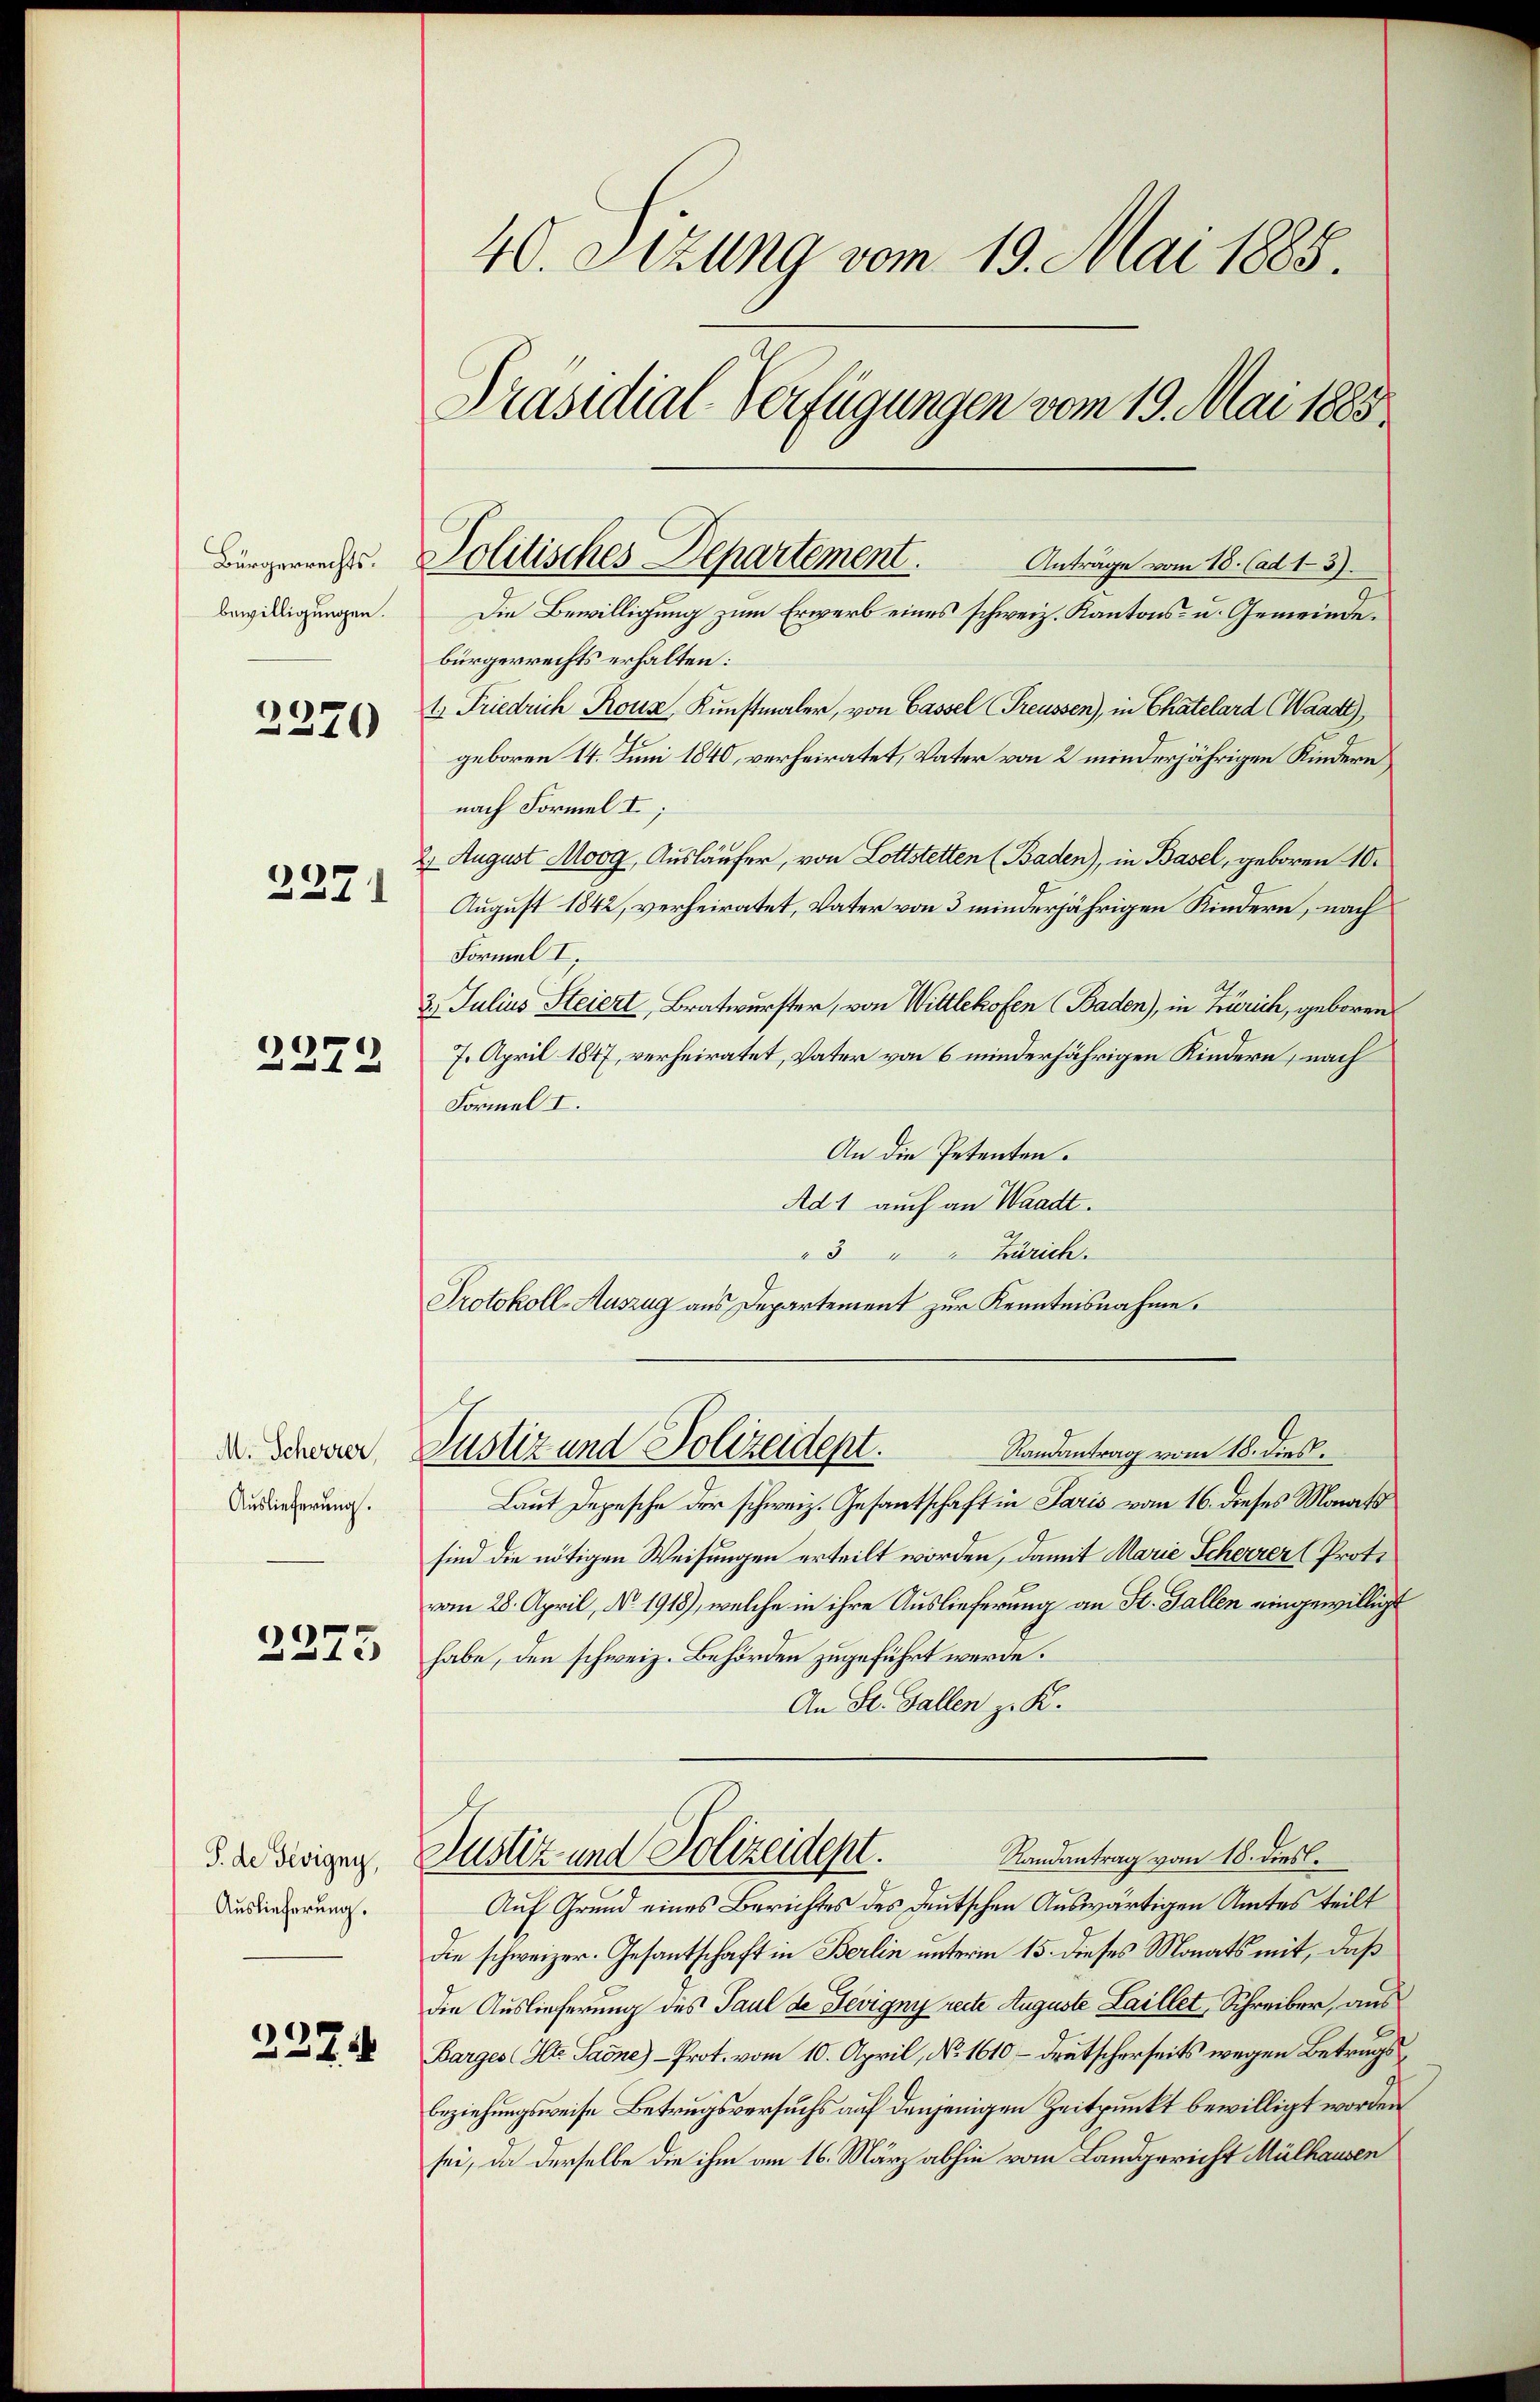
Bürgerrechts.
bewilligungen.

2270

2371

2272

M. Scheerer,
Auslieferung.

2275

S. de Tevigny,
Auslieferung.

2274

40. Stzung vom 19. Mai 1885.
Präsidial-Verfügungen vom 19. Mai 1885.

Politisches Departement.
Anträge vom 15. (ad 13.
Die Bewilligung zum Erwerb eines schweiz. Kantons- u. Gemeinde¬

bürgerrechts erhalten:
t. Friedrich Roux, Kunstmaler, von Cassel (Treussen), in Chatelard (Waadt),
geboren 14. Juni 1840, verheiratet, Vater von 2 minderjährigen Kindern
nach Formel I;
2. August Moog, Ausläufer, von Lottstetten (Baden), in Basel, geboren 10.
August 1842, verheiratet, Vater von 3 minderjährigen Kindern, nach
Formel I.
3. Julius Steiert, Bratwurster, von Wittlekofen (Baden), in Zürich, geboren.
7. April 1847, verheiratet, Vater von 6 minderjährigen Kindern, nach
Formel I.
An die Petenten.
Ad 1 auch an Waadt.
"3 " " Zürich.
Protokoll-Auszug aus Departement zur Kenntnisnahme.
1
Justiz und Polizeidept.
Randantrag vom 15. dies
Laut Depesche der schweiz. Gesantschaft in Paris vom 16. dieses Monats
sind die nötigen Weisungen erteilt worden, damit Marie Scherrer (Proto
vom 28. April, No. 1918), welche in ihre Auslieferung an St. Gallen eingewilligt
habe, den schweiz. Behörden zugeführt werde.
An St. Gallen z. K.
Randantrag vom 18. diesl.
Justiz- und Polizeident.
Auf Grund eines Berichtes des Deutschen Auswärtigen Amtes teilt
die schweizer. Gesantschaft in Berlin unterm 15. dieses Monats mit, daß
die Auslieferung des Paul de Sevigny recte Auguste Laillet, Schreiber, aus
Barges (Her Sadne) - Prot. vom 10. April, No. 1610 - deutscherseits wegen Betrugs¬
Beziehungsweise Betrugsversuchs auf denjenigen Zeitpunkt bewilligt worden
sei, da derselbe die ihm am 16. März abhin vom Landgericht Mülhausen